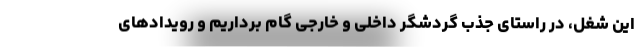
این شغل، در راستای جذب گردشگر داخلی و خارجی گام برداریم و رویدادهای